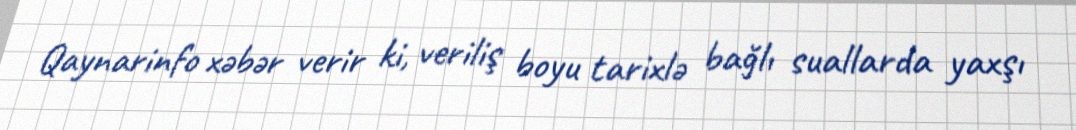
Qaynarinfo xəbər verir ki, veriliş boyu tarixlə bağlı suallarda yaxşı